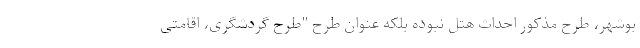
بوشهر، طرح مذکور احداث هتل نبوده بلکه عنوان طرح "طرح گردشگری، اقامتی